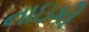
નાઇકી